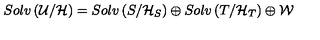
S o l v \left( { \cal U } / { \cal H } \right) = S o l v \left( { S } / { \cal H } _ { S } \right) \oplus S o l v \left( { T } / { \cal H } _ { T } \right) \oplus { \cal W }